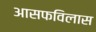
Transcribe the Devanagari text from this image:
आसफविलास